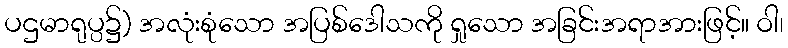
ပဌမာရုပ္ပ၌) အလုံးစုံသော အပြစ်ဒေါသကို ရှုသော အခြင်းအရာအားဖြင့်။ ဝါ၊